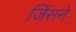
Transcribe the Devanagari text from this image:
जिंसने